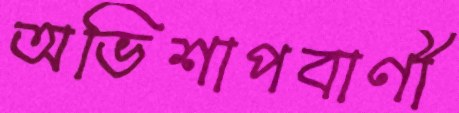
অভিশাপবাণী